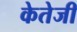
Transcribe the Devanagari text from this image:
केतेजी